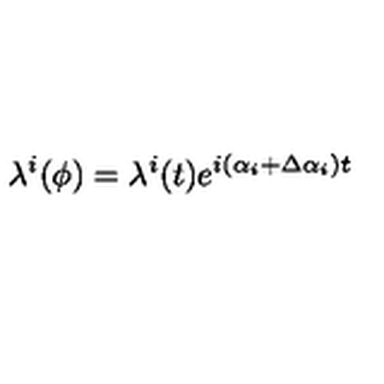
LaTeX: \lambda ^ { i } ( \phi ) = \lambda ^ { i } ( t ) e ^ { i \left( \alpha _ { i } + \Delta \alpha _ { i } \right) t }